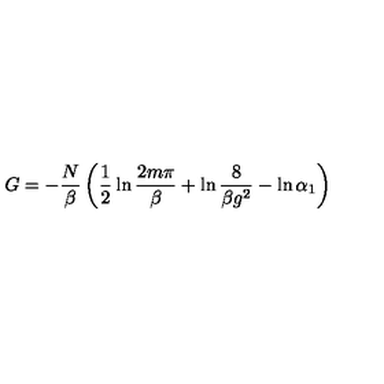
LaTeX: G = - \frac { N } { \beta } \left( \frac { 1 } { 2 } \ln \frac { 2 m \pi } { \beta } + \ln \frac { 8 } { \beta g ^ { 2 } } - \ln \alpha _ { 1 } \right)